Report of the Municipal Commissioner on the plague in Bombay for the year ending 31st May... - Volume 1
Disease focus: Plague
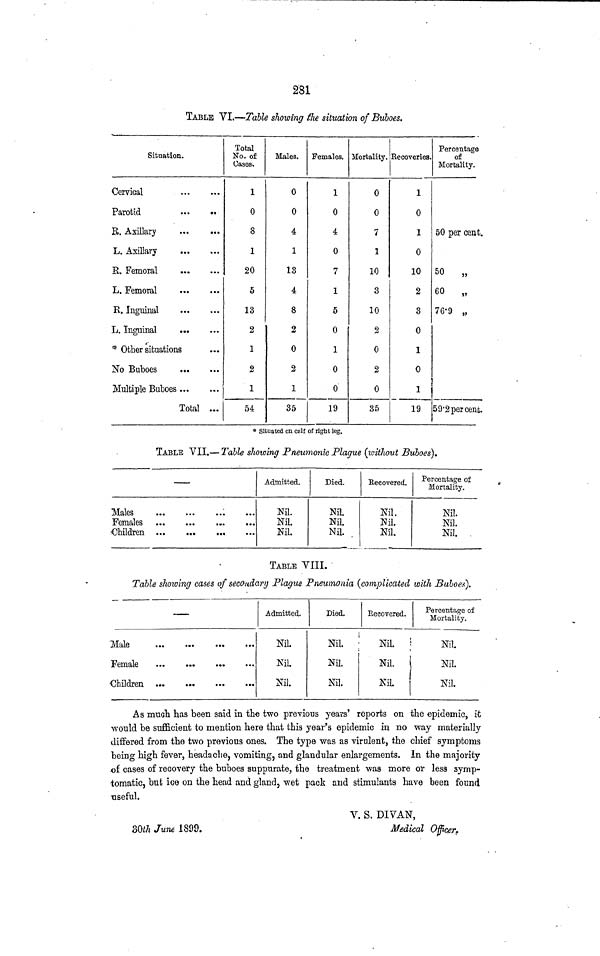
281
TABLE VI.—Table showing the situation of Buboes.
Situation.
Cervical
Parotid
R. Axillary
L. Axillary
E. Femoral
L. Femoral
R. Inguinal
L. Inguinal
...
* Other situations
No Buboes
Multiple Buboes
Total ...
Total
No, of
Cases,
1
0
8
1
20
5
13
2
1
2
1
54
Males.
0
0
4
1
13
4
8
2
0
2
1
35
Females.
1
0
4
0
7
1
5
0
1
0
0
19
Mortality.
0
0
7
1
10
3
10
2
0
2
0
35
Recoveries.
1
0
1
0
10
2
3
0
1
0
1
19
Percentage
of
Mortality.
50 per cent.
50
„
60
„
76.9 „
59.2percent.
* Situated on calf of right leg.
TABLE VII.— Table showing Pneumonic Plague (without Buboes).
—
Males
Females
Children
Admitted.
Nil.
Nil.
Nil.
Died.
Nil.
Nil.
Nil.
Recovered.
Nil.
Nil.
Nil.
Percentage of
Mortality.
Nil.
Nil.
Nil.
TABLE VIII.
Table showing cases of secondary Plague Pneumonia (complicated with Buboes).
—
Male
Admitted.
Nil.
Nil.
Nil.
Died.
Nil.
Nil.
Nil.
Recovered.
Nil
Nil.
Nil
Percentage of
Mortality.
Nil.
Nil.
Nil.
As much has been said in the two previous years' reports on the epidemic, it
would be sufficient to mention here that this year's epidemic in no way materially
differed from the two previous ones. The type was as virulent, the chief symptoms
being high fever, headache, vomiting, and glandular enlargements. In the majority
of cases of recovery the buboes suppurate, the treatment was more or less symp-
tomatic, bufe ice on the head and gland, wet pack and stimulants have been found
useful.
V. S, DIVAN,
30th June 1899.
Medical Officer,